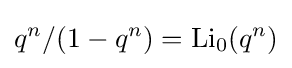
q^{n}/(1-q^{n})=\mathrm {Li} _{0}(q^{n})